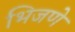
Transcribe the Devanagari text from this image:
भिजणे